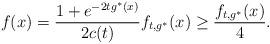
LaTeX: \begin{align*}f(x) = \frac{1+e^{-2tg^*(x)}}{2c(t)} f_{t,g^*}(x) \geq \frac{f_{t,g^*}(x)}{4}.\end{align*}